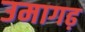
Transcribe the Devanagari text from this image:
उमागढ़